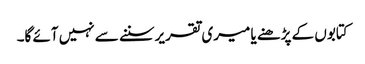
کتابوں کے پڑھنے یا میری تقریرسننے سے نہیں آئے گا۔